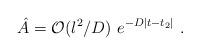
LaTeX: \begin{align*}{\hat A} = {\cal O}(l^2/D)~e^{-D|t-t_2|} ~.\end{align*}